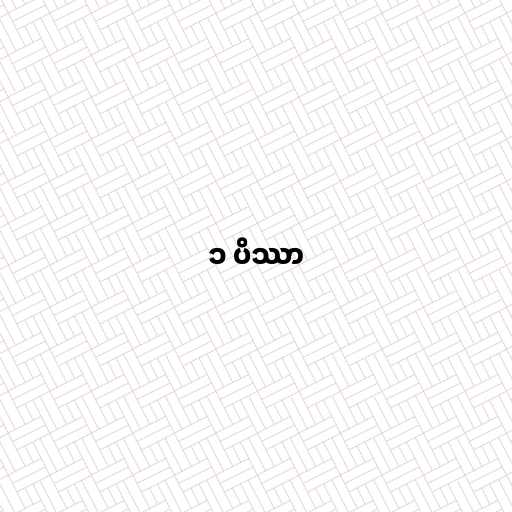
၁ ပိဿာ